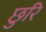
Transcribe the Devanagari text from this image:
छुरि